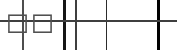
٦١